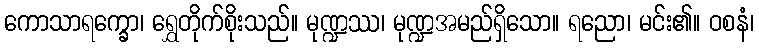
ကောသာရက္ခော၊ ရွှေတိုက်စိုးသည်။ မုဏ္ဍဿ၊ မုဏ္ဍအမည်ရှိသော။ ရညော၊ မင်း၏။ ဝစနံ၊